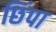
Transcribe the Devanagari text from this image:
छिंपा